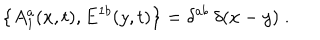
\big \{ A _ { 1 } ^ { a } ( x , t ) , E ^ { 1 b } ( y , t ) \big \} = \delta ^ { a b } \: \delta ( x - y ) \; .